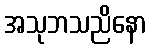
အသုဘသညိနော